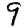
Digit: 9